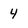
Character: 4